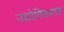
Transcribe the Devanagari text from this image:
उद्योगिकरण